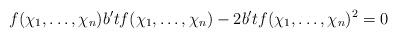
LaTeX: \begin{align*} f(\chi_1,\ldots,\chi_n)b^{\prime}tf(\chi_1,\ldots,\chi_n)-2 b^{\prime}t f(\chi_1,\ldots,\chi_{n})^2=0 \end{align*}